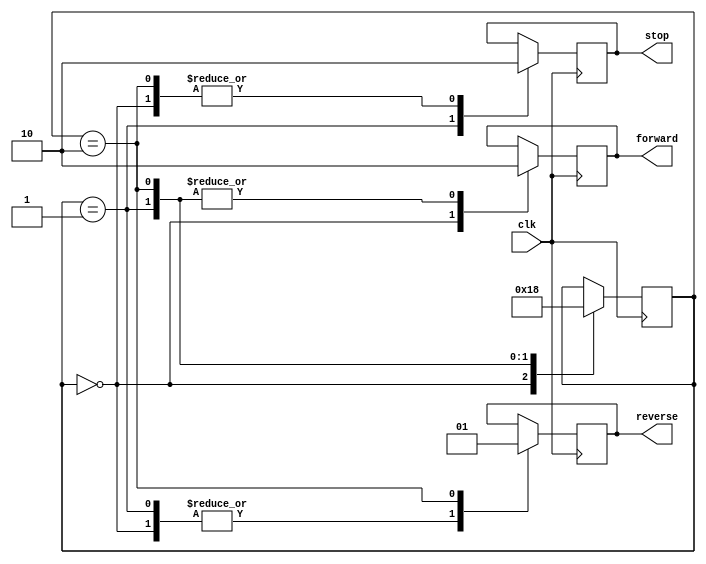
`timescale 1ns / 1ps

module robot_traffic_light (
  input wire clk,
  output reg forward,
  output reg stop,
  output reg reverse
);

  reg [1:0] state = 2'b00;  // Initialize state

  // State encoding
  localparam FORWARD_STATE = 2'b00;
  localparam STOP_STATE = 2'b01;
  localparam REVERSE_STATE = 2'b10;

  always @(posedge clk) begin
    // State transition logic
    case (state)
      FORWARD_STATE: begin
        forward = 1;
        stop = 0;
        reverse = 0;
        state <= STOP_STATE;
      end

      STOP_STATE: begin
        forward = 0;
        stop = 1;
        reverse = 0;
        state <= REVERSE_STATE;
      end

      REVERSE_STATE: begin
        forward = 0;
        stop = 0;
        reverse = 1;
        state <= FORWARD_STATE;
      end
    endcase
  end

endmodule